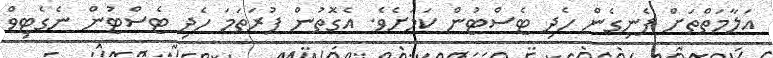
އަލާމަތްތަށް ފެނިގެން ހެދި ޓެސްޓުން ކަމަށެވެ. އެގޮތުން ފުރަތަމަ ހެދި ޓެސްޓުން ނެގެޓިވް